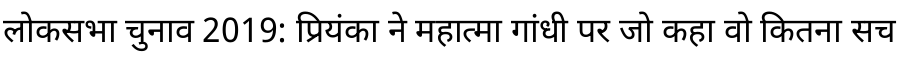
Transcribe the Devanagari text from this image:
लोकसभा चुनाव 2019: प्रियंका ने महात्मा गांधी पर जो कहा वो कितना सच